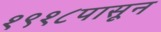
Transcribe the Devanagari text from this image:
१९१८पासून